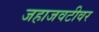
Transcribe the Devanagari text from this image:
जहाजवटीवर